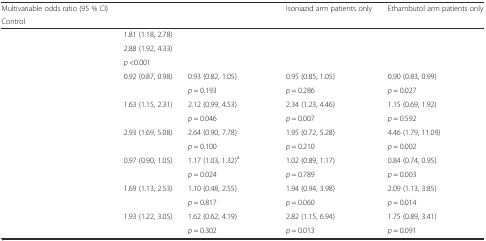
<table><thead><tr><td><b>Multivariable odds ratio (95 % CI)</b></td><td>[EMPTY_CELL]</td><td>[EMPTY_CELL]</td><td><b>Isoniazid arm patients only</b></td><td><b>Ethambutol arm patients only</b></td></tr><tr><td><b>Control</b></td><td>[EMPTY_CELL]</td><td>[EMPTY_CELL]</td><td>[EMPTY_CELL]</td><td>[EMPTY_CELL]</td></tr></thead><tbody><tr><td>[EMPTY_CELL]</td><td>1.81 (1.18, 2.78)</td><td>[EMPTY_CELL]</td><td>[EMPTY_CELL]</td><td>[EMPTY_CELL]</td></tr><tr><td>[EMPTY_CELL]</td><td>2.88 (1.92, 4.33)</td><td>[EMPTY_CELL]</td><td>[EMPTY_CELL]</td><td>[EMPTY_CELL]</td></tr><tr><td>[EMPTY_CELL]</td><td><i>p</i> &lt;0.001</td><td>[EMPTY_CELL]</td><td>[EMPTY_CELL]</td><td>[EMPTY_CELL]</td></tr><tr><td rowspan="2">[EMPTY_CELL]</td><td>0.92 (0.87, 0.98)</td><td>0.93 (0.82, 1.05)</td><td>0.95 (0.85, 1.05)</td><td>0.90 (0.83, 0.99)</td></tr><tr><td>[EMPTY_CELL]</td><td><i>p</i> = 0.193</td><td><i>p</i> = 0.286</td><td><i>p</i> = 0.027</td></tr><tr><td rowspan="2">[EMPTY_CELL]</td><td>1.63 (1.15, 2.31)</td><td>2.12 (0.99, 4.53)</td><td>2.34 (1.23, 4.46)</td><td>1.15 (0.69, 1.92)</td></tr><tr><td>[EMPTY_CELL]</td><td><i>p</i> = 0.046</td><td><i>p</i> = 0.007</td><td><i>p</i> = 0.592</td></tr><tr><td rowspan="2">[EMPTY_CELL]</td><td>2.93 (1.69, 5.08)</td><td>2.64 (0.90, 7.78)</td><td>1.95 (0.72, 5.28)</td><td>4.46 (1.79, 11.09)</td></tr><tr><td>[EMPTY_CELL]</td><td><i>p</i> = 0.100</td><td><i>p</i> = 0.210</td><td><i>p</i> = 0.002</td></tr><tr><td rowspan="2">[EMPTY_CELL]</td><td>0.97 (0.90, 1.05)</td><td>1.17 (1.03, 1.32)<sup>a</sup></td><td>1.02 (0.89, 1.17)</td><td>0.84 (0.74, 0.95)</td></tr><tr><td>[EMPTY_CELL]</td><td><i>p</i> = 0.024</td><td><i>p</i> = 0.789</td><td><i>p</i> = 0.003</td></tr><tr><td rowspan="2">[EMPTY_CELL]</td><td>1.69 (1.13, 2.53)</td><td>1.10 (0.48, 2.55)</td><td>1.94 (0.94, 3.98)</td><td>2.09 (1.13, 3.85)</td></tr><tr><td>[EMPTY_CELL]</td><td><i>p</i> = 0.817</td><td><i>p</i> = 0.060</td><td><i>p</i> = 0.014</td></tr><tr><td rowspan="2">[EMPTY_CELL]</td><td>1.93 (1.22, 3.05)</td><td>1.62 (0.62, 4.19)</td><td>2.82 (1.15, 6.94)</td><td>1.75 (0.89, 3.41)</td></tr><tr><td>[EMPTY_CELL]</td><td><i>p</i> = 0.302</td><td><i>p</i> = 0.013</td><td><i>p</i> = 0.091</td></tr></tbody></table>